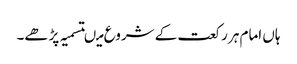
ہاں امام ہر رکعت کے شروع میںتسمیہ پڑھے۔